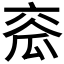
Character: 𤫹